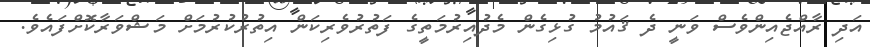
އަދި ރާއްޖެއިންވެސް ވަނީ ދެ ޤައުމު ގުޅިގެން މެދުއިރުމަތީގެ ފަތުރުވެރިކަން އިތުރުކުރުމަށް މަޝްވަރާކޮށްފައެވެ.